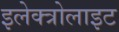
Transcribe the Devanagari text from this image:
इलेक्त्रोलाइट